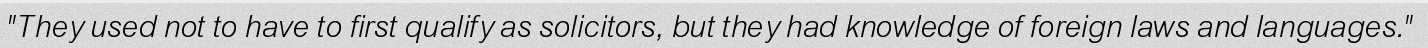
"They used not to have to first qualify as solicitors, but they had knowledge of foreign laws and languages."